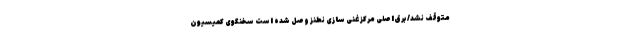
متوقف نشد/ برق اصلی مرکز غنی سازی نطنز وصل شده است سخنگوی کمیسیون